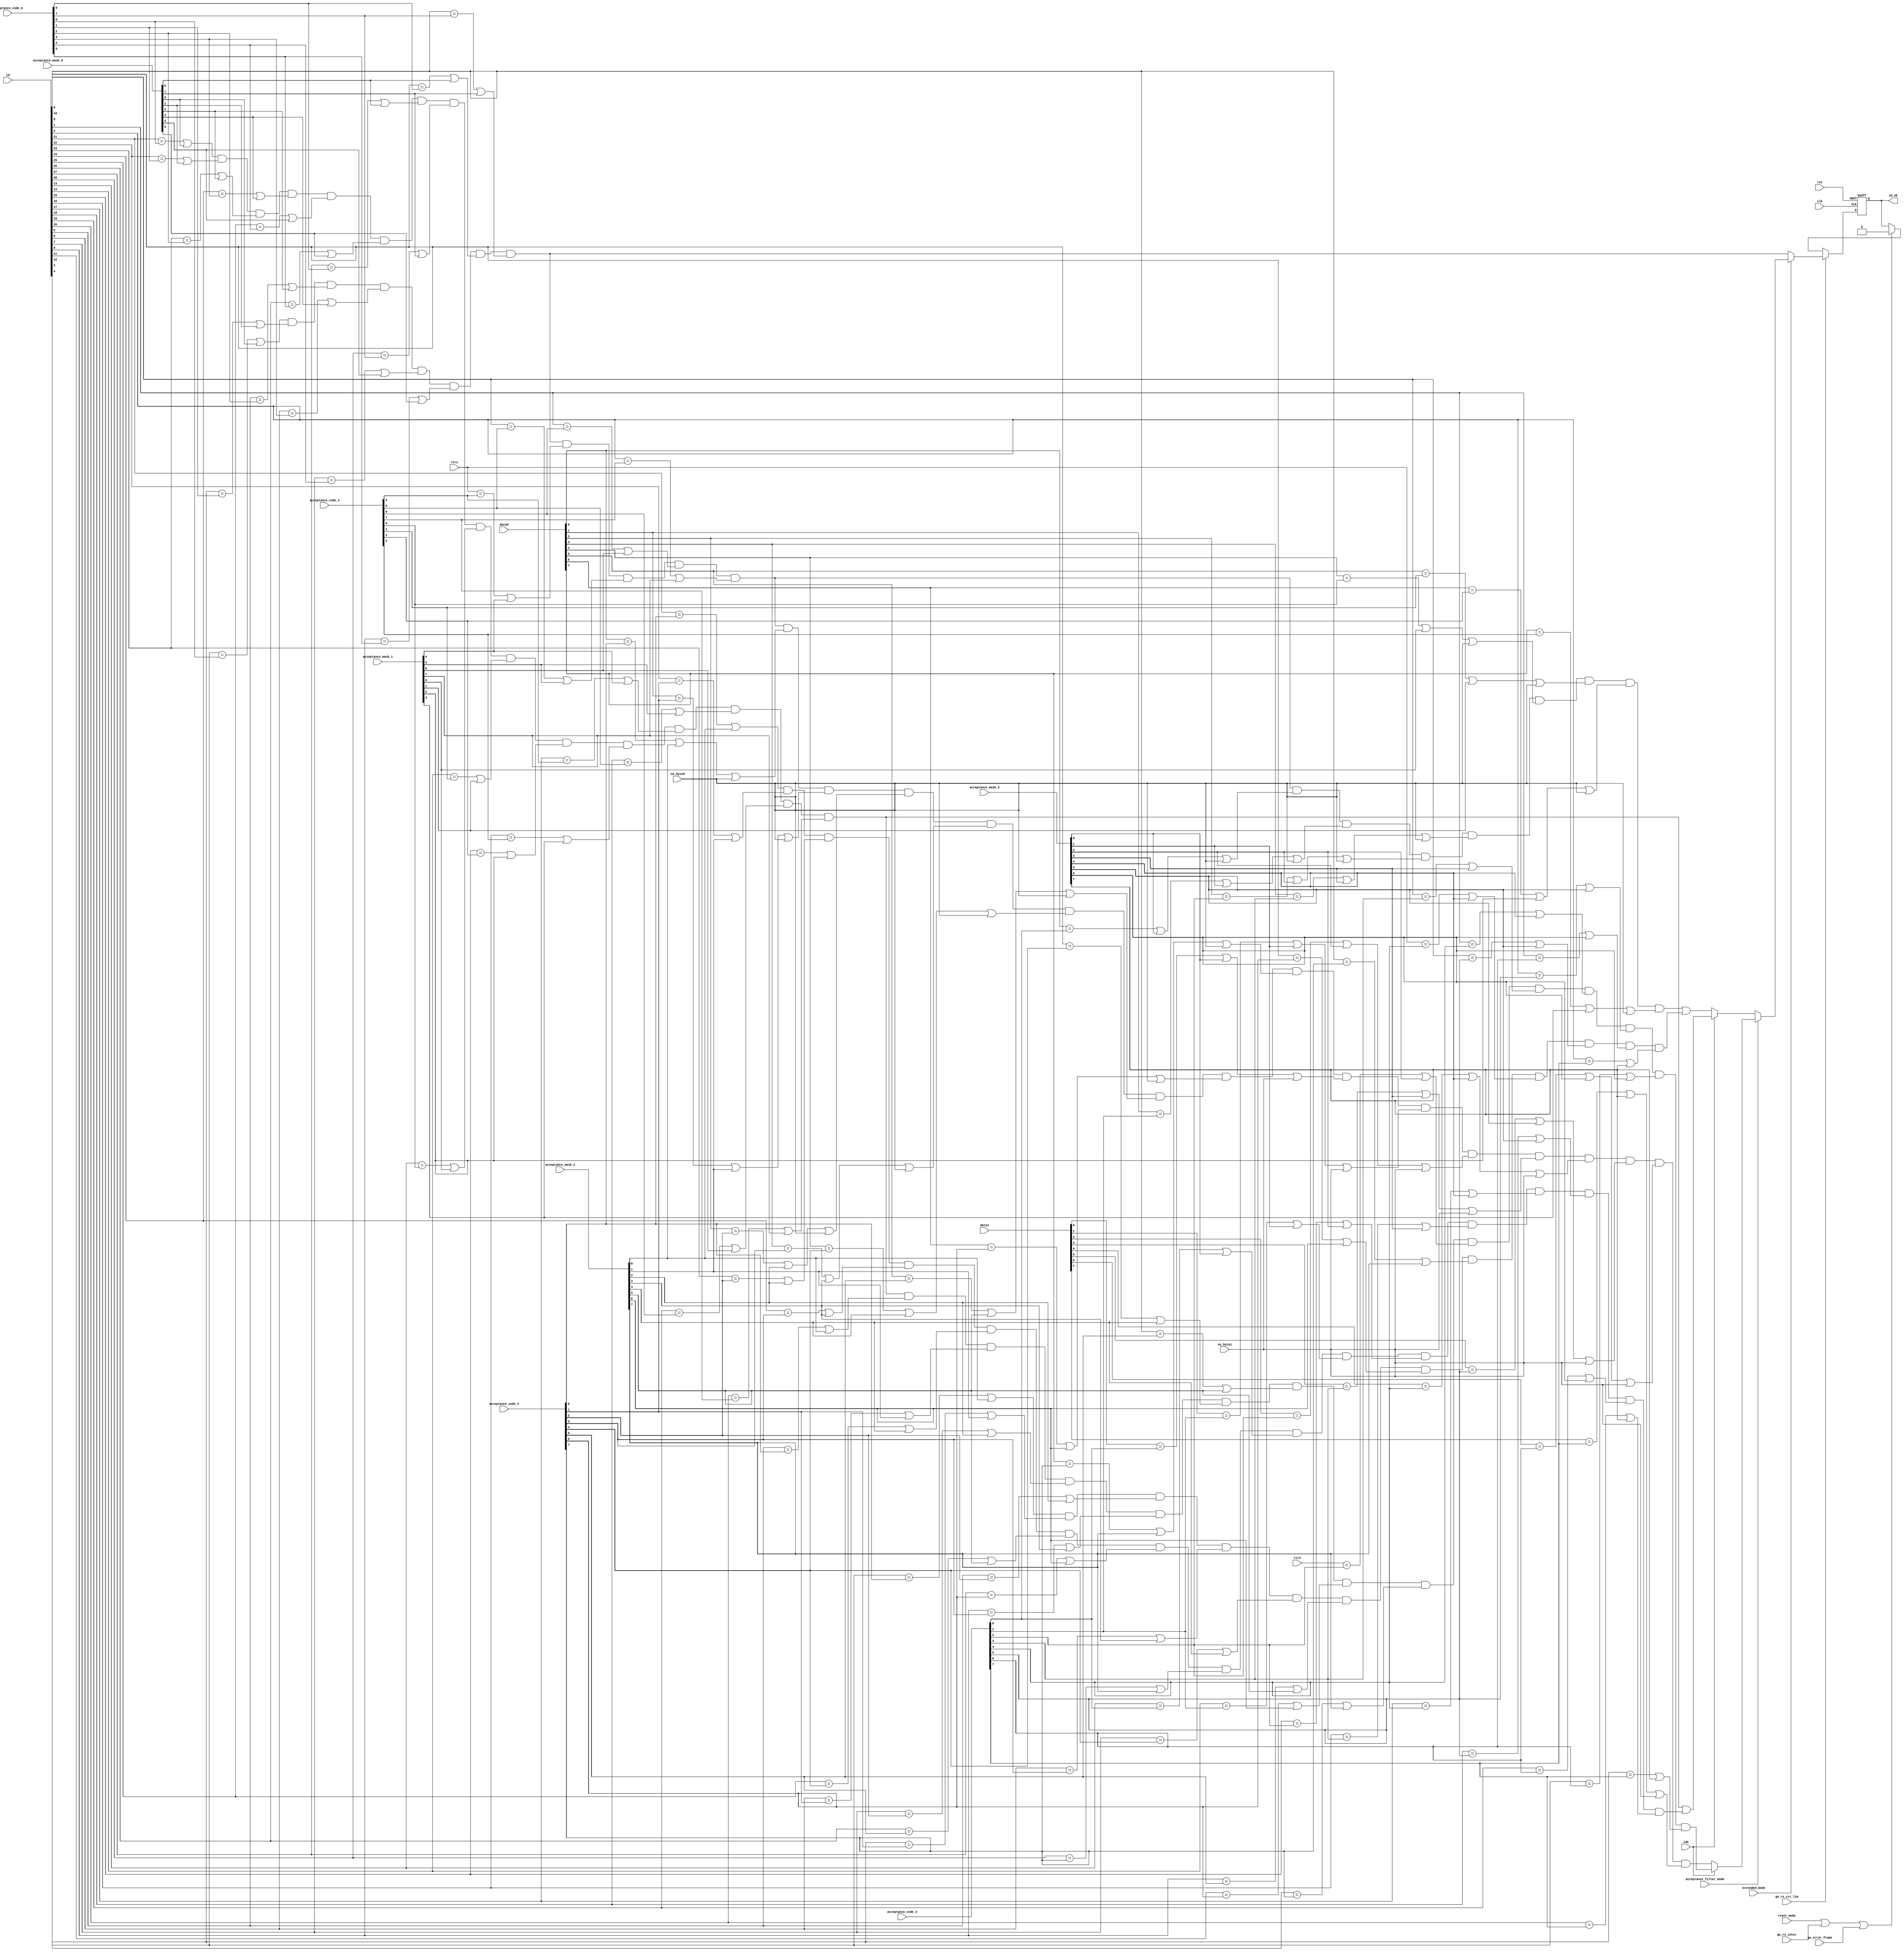
module can_acf
( 
  clk,
  rst,

  id,
  
  /* Mode register */
  reset_mode,
  acceptance_filter_mode,

  extended_mode,
  
  acceptance_code_0,
  acceptance_code_1,
  acceptance_code_2,
  acceptance_code_3,
  acceptance_mask_0,
  acceptance_mask_1,
  acceptance_mask_2,
  acceptance_mask_3,
  
  go_rx_crc_lim,
  go_rx_inter,
  go_error_frame,
  
  data0,
  data1,
  rtr1,
  rtr2,
  ide,
  no_byte0,
  no_byte1,

  
  id_ok
  
  
);

parameter Tp = 1;

input         clk;
input         rst;
input  [28:0] id;
input         reset_mode;
input         acceptance_filter_mode;
input         extended_mode;

input   [7:0] acceptance_code_0;
input   [7:0] acceptance_code_1;
input   [7:0] acceptance_code_2;
input   [7:0] acceptance_code_3;
input   [7:0] acceptance_mask_0;
input   [7:0] acceptance_mask_1;
input   [7:0] acceptance_mask_2;
input   [7:0] acceptance_mask_3;
input         go_rx_crc_lim;
input         go_rx_inter;
input         go_error_frame;
input   [7:0] data0;
input   [7:0] data1;
input         rtr1;
input         rtr2;
input         ide;
input         no_byte0;
input         no_byte1;


output        id_ok;

reg           id_ok;

wire          match;
wire          match_sf_std;
wire          match_sf_ext;
wire          match_df_std;
wire          match_df_ext;


// Working in basic mode. ID match for standard format (11-bit ID).
assign match =        ( (id[3]  == acceptance_code_0[0] | acceptance_mask_0[0] ) &
                        (id[4]  == acceptance_code_0[1] | acceptance_mask_0[1] ) &
                        (id[5]  == acceptance_code_0[2] | acceptance_mask_0[2] ) &
                        (id[6]  == acceptance_code_0[3] | acceptance_mask_0[3] ) &
                        (id[7]  == acceptance_code_0[4] | acceptance_mask_0[4] ) &
                        (id[8]  == acceptance_code_0[5] | acceptance_mask_0[5] ) &
                        (id[9]  == acceptance_code_0[6] | acceptance_mask_0[6] ) &
                        (id[10] == acceptance_code_0[7] | acceptance_mask_0[7] )
                      );


// Working in extended mode. ID match for standard format (11-bit ID). Using single filter.
assign match_sf_std = ( (id[3]  == acceptance_code_0[0] | acceptance_mask_0[0] ) &
                        (id[4]  == acceptance_code_0[1] | acceptance_mask_0[1] ) &
                        (id[5]  == acceptance_code_0[2] | acceptance_mask_0[2] ) &
                        (id[6]  == acceptance_code_0[3] | acceptance_mask_0[3] ) &
                        (id[7]  == acceptance_code_0[4] | acceptance_mask_0[4] ) &
                        (id[8]  == acceptance_code_0[5] | acceptance_mask_0[5] ) &
                        (id[9]  == acceptance_code_0[6] | acceptance_mask_0[6] ) &
                        (id[10] == acceptance_code_0[7] | acceptance_mask_0[7] ) &

                        (rtr1   == acceptance_code_1[4] | acceptance_mask_1[4] ) &
                        (id[0]  == acceptance_code_1[5] | acceptance_mask_1[5] ) &
                        (id[1]  == acceptance_code_1[6] | acceptance_mask_1[6] ) &
                        (id[2]  == acceptance_code_1[7] | acceptance_mask_1[7] ) &

                        (data0[0]  == acceptance_code_2[0] | acceptance_mask_2[0] | no_byte0) &
                        (data0[1]  == acceptance_code_2[1] | acceptance_mask_2[1] | no_byte0) &
                        (data0[2]  == acceptance_code_2[2] | acceptance_mask_2[2] | no_byte0) &
                        (data0[3]  == acceptance_code_2[3] | acceptance_mask_2[3] | no_byte0) &
                        (data0[4]  == acceptance_code_2[4] | acceptance_mask_2[4] | no_byte0) &
                        (data0[5]  == acceptance_code_2[5] | acceptance_mask_2[5] | no_byte0) &
                        (data0[6]  == acceptance_code_2[6] | acceptance_mask_2[6] | no_byte0) &
                        (data0[7]  == acceptance_code_2[7] | acceptance_mask_2[7] | no_byte0) &

                        (data1[0]  == acceptance_code_3[0] | acceptance_mask_3[0] | no_byte1) &
                        (data1[1]  == acceptance_code_3[1] | acceptance_mask_3[1] | no_byte1) &
                        (data1[2]  == acceptance_code_3[2] | acceptance_mask_3[2] | no_byte1) &
                        (data1[3]  == acceptance_code_3[3] | acceptance_mask_3[3] | no_byte1) &
                        (data1[4]  == acceptance_code_3[4] | acceptance_mask_3[4] | no_byte1) &
                        (data1[5]  == acceptance_code_3[5] | acceptance_mask_3[5] | no_byte1) &
                        (data1[6]  == acceptance_code_3[6] | acceptance_mask_3[6] | no_byte1) &
                        (data1[7]  == acceptance_code_3[7] | acceptance_mask_3[7] | no_byte1)
                      );



// Working in extended mode. ID match for extended format (29-bit ID). Using single filter.
assign match_sf_ext = ( (id[21]  == acceptance_code_0[0] | acceptance_mask_0[0] ) &
                        (id[22]  == acceptance_code_0[1] | acceptance_mask_0[1] ) &
                        (id[23]  == acceptance_code_0[2] | acceptance_mask_0[2] ) &
                        (id[24]  == acceptance_code_0[3] | acceptance_mask_0[3] ) &
                        (id[25]  == acceptance_code_0[4] | acceptance_mask_0[4] ) &
                        (id[26]  == acceptance_code_0[5] | acceptance_mask_0[5] ) &
                        (id[27]  == acceptance_code_0[6] | acceptance_mask_0[6] ) &
                        (id[28]  == acceptance_code_0[7] | acceptance_mask_0[7] ) &

                        (id[13]  == acceptance_code_1[0] | acceptance_mask_1[0] ) &
                        (id[14]  == acceptance_code_1[1] | acceptance_mask_1[1] ) &
                        (id[15]  == acceptance_code_1[2] | acceptance_mask_1[2] ) &
                        (id[16]  == acceptance_code_1[3] | acceptance_mask_1[3] ) &
                        (id[17]  == acceptance_code_1[4] | acceptance_mask_1[4] ) &
                        (id[18]  == acceptance_code_1[5] | acceptance_mask_1[5] ) &
                        (id[19]  == acceptance_code_1[6] | acceptance_mask_1[6] ) &
                        (id[20]  == acceptance_code_1[7] | acceptance_mask_1[7] ) &

                        (id[5]  == acceptance_code_2[0] | acceptance_mask_2[0] ) &
                        (id[6]  == acceptance_code_2[1] | acceptance_mask_2[1] ) &
                        (id[7]  == acceptance_code_2[2] | acceptance_mask_2[2] ) &
                        (id[8]  == acceptance_code_2[3] | acceptance_mask_2[3] ) &
                        (id[9]  == acceptance_code_2[4] | acceptance_mask_2[4] ) &
                        (id[10] == acceptance_code_2[5] | acceptance_mask_2[5] ) &
                        (id[11] == acceptance_code_2[6] | acceptance_mask_2[6] ) &
                        (id[12] == acceptance_code_2[7] | acceptance_mask_2[7] ) &

                        (rtr2   == acceptance_code_3[2] | acceptance_mask_3[2] ) &
                        (id[0]  == acceptance_code_3[3] | acceptance_mask_3[3] ) &
                        (id[1]  == acceptance_code_3[4] | acceptance_mask_3[4] ) &
                        (id[2]  == acceptance_code_3[5] | acceptance_mask_3[5] ) &
                        (id[3]  == acceptance_code_3[6] | acceptance_mask_3[6] ) &
                        (id[4]  == acceptance_code_3[7] | acceptance_mask_3[7] )

                      );


// Working in extended mode. ID match for standard format (11-bit ID). Using double filter.
assign match_df_std = (((id[3]  == acceptance_code_0[0] | acceptance_mask_0[0] ) &
                        (id[4]  == acceptance_code_0[1] | acceptance_mask_0[1] ) &
                        (id[5]  == acceptance_code_0[2] | acceptance_mask_0[2] ) &
                        (id[6]  == acceptance_code_0[3] | acceptance_mask_0[3] ) &
                        (id[7]  == acceptance_code_0[4] | acceptance_mask_0[4] ) &
                        (id[8]  == acceptance_code_0[5] | acceptance_mask_0[5] ) &
                        (id[9]  == acceptance_code_0[6] | acceptance_mask_0[6] ) &
                        (id[10] == acceptance_code_0[7] | acceptance_mask_0[7] ) &

                        (rtr1   == acceptance_code_1[4] | acceptance_mask_1[4] ) &
                        (id[0]  == acceptance_code_1[5] | acceptance_mask_1[5] ) &
                        (id[1]  == acceptance_code_1[6] | acceptance_mask_1[6] ) &
                        (id[2]  == acceptance_code_1[7] | acceptance_mask_1[7] ) &

                        (data0[0] == acceptance_code_3[0] | acceptance_mask_3[0] | no_byte0) &
                        (data0[1] == acceptance_code_3[1] | acceptance_mask_3[1] | no_byte0) &
                        (data0[2] == acceptance_code_3[2] | acceptance_mask_3[2] | no_byte0) &
                        (data0[3] == acceptance_code_3[3] | acceptance_mask_3[3] | no_byte0) &
                        (data0[4] == acceptance_code_1[0] | acceptance_mask_1[0] | no_byte0) &
                        (data0[5] == acceptance_code_1[1] | acceptance_mask_1[1] | no_byte0) &
                        (data0[6] == acceptance_code_1[2] | acceptance_mask_1[2] | no_byte0) &
                        (data0[7] == acceptance_code_1[3] | acceptance_mask_1[3] | no_byte0) )
                        
                       |

                       ((id[3]  == acceptance_code_2[0] | acceptance_mask_2[0] ) &
                        (id[4]  == acceptance_code_2[1] | acceptance_mask_2[1] ) &
                        (id[5]  == acceptance_code_2[2] | acceptance_mask_2[2] ) &
                        (id[6]  == acceptance_code_2[3] | acceptance_mask_2[3] ) &
                        (id[7]  == acceptance_code_2[4] | acceptance_mask_2[4] ) &
                        (id[8]  == acceptance_code_2[5] | acceptance_mask_2[5] ) &
                        (id[9]  == acceptance_code_2[6] | acceptance_mask_2[6] ) &
                        (id[10] == acceptance_code_2[7] | acceptance_mask_2[7] ) &

                        (rtr1   == acceptance_code_3[4] | acceptance_mask_3[4] ) &
                        (id[0]  == acceptance_code_3[5] | acceptance_mask_3[5] ) &
                        (id[1]  == acceptance_code_3[6] | acceptance_mask_3[6] ) &
                        (id[2]  == acceptance_code_3[7] | acceptance_mask_3[7] ) )

                      );


// Working in extended mode. ID match for extended format (29-bit ID). Using double filter.
assign match_df_ext = (((id[21]  == acceptance_code_0[0] | acceptance_mask_0[0] ) &
                        (id[22]  == acceptance_code_0[1] | acceptance_mask_0[1] ) &
                        (id[23]  == acceptance_code_0[2] | acceptance_mask_0[2] ) &
                        (id[24]  == acceptance_code_0[3] | acceptance_mask_0[3] ) &
                        (id[25]  == acceptance_code_0[4] | acceptance_mask_0[4] ) &
                        (id[26]  == acceptance_code_0[5] | acceptance_mask_0[5] ) &
                        (id[27]  == acceptance_code_0[6] | acceptance_mask_0[6] ) &
                        (id[28]  == acceptance_code_0[7] | acceptance_mask_0[7] ) &

                        (id[13]  == acceptance_code_1[0] | acceptance_mask_1[0] ) &
                        (id[14]  == acceptance_code_1[1] | acceptance_mask_1[1] ) &
                        (id[15]  == acceptance_code_1[2] | acceptance_mask_1[2] ) &
                        (id[16]  == acceptance_code_1[3] | acceptance_mask_1[3] ) &
                        (id[17]  == acceptance_code_1[4] | acceptance_mask_1[4] ) &
                        (id[18]  == acceptance_code_1[5] | acceptance_mask_1[5] ) &
                        (id[19]  == acceptance_code_1[6] | acceptance_mask_1[6] ) &
                        (id[20]  == acceptance_code_1[7] | acceptance_mask_1[7] ) )
                        
                       |
                        
                       ((id[21]  == acceptance_code_2[0] | acceptance_mask_2[0] ) &
                        (id[22]  == acceptance_code_2[1] | acceptance_mask_2[1] ) &
                        (id[23]  == acceptance_code_2[2] | acceptance_mask_2[2] ) &
                        (id[24]  == acceptance_code_2[3] | acceptance_mask_2[3] ) &
                        (id[25]  == acceptance_code_2[4] | acceptance_mask_2[4] ) &
                        (id[26]  == acceptance_code_2[5] | acceptance_mask_2[5] ) &
                        (id[27]  == acceptance_code_2[6] | acceptance_mask_2[6] ) &
                        (id[28]  == acceptance_code_2[7] | acceptance_mask_2[7] ) &

                        (id[13]  == acceptance_code_3[0] | acceptance_mask_3[0] ) &
                        (id[14]  == acceptance_code_3[1] | acceptance_mask_3[1] ) &
                        (id[15]  == acceptance_code_3[2] | acceptance_mask_3[2] ) &
                        (id[16]  == acceptance_code_3[3] | acceptance_mask_3[3] ) &
                        (id[17]  == acceptance_code_3[4] | acceptance_mask_3[4] ) &
                        (id[18]  == acceptance_code_3[5] | acceptance_mask_3[5] ) &
                        (id[19]  == acceptance_code_3[6] | acceptance_mask_3[6] ) &
                        (id[20]  == acceptance_code_3[7] | acceptance_mask_3[7] ) )
                      );



// ID ok signal generation
always @ (posedge clk or posedge rst)
begin
  if (rst)
    id_ok <= 1'b0;
  else if (go_rx_crc_lim)                   // sample_point is already included in go_rx_crc_lim
    begin
      if (extended_mode)
        begin
          if (~acceptance_filter_mode)      // dual filter
            begin
              if (ide)                      // extended frame message
                id_ok <=#Tp match_df_ext;
              else                          // standard frame message
                id_ok <=#Tp match_df_std;
            end           
          else                              // single filter
            begin
              if (ide)                      // extended frame message
                id_ok <=#Tp match_sf_ext;
              else                          // standard frame message
                id_ok <=#Tp match_sf_std;
            end
        end
      else      
        id_ok <=#Tp match;
    end
  else if (reset_mode | go_rx_inter | go_error_frame)        // sample_point is already included in go_rx_inter
    id_ok <=#Tp 1'b0;
end









endmodule